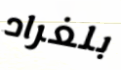
بلغراد